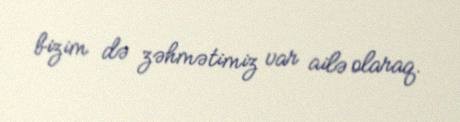
bizim də zəhmətimiz var ailə olaraq.